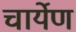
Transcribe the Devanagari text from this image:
चार्येण